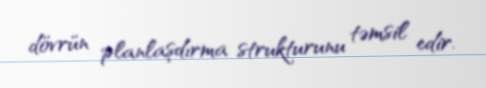
dövrün planlaşdırma strukturunu təmsil edir.